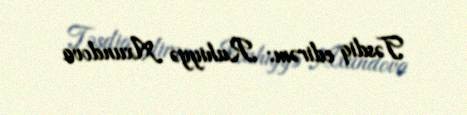
Təsdiq edirəm: Ruhiyyə Axundova